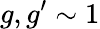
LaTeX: g,g^{\prime}\sim 1